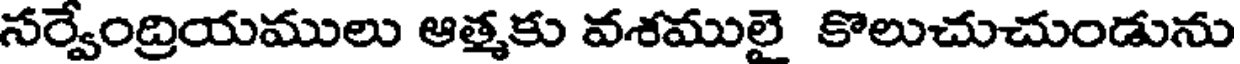
సర్వేంద్రియములు ఆత్మకు వశములై కొలుచుచుండును